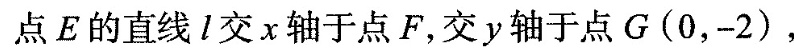
点E的直线1交x轴于点F，交y轴于点G(0，-2)，